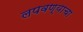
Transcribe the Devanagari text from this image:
लपवण्याचा